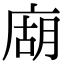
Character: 𢉢